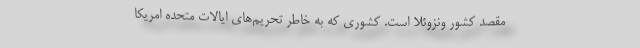
مقصد کشور ونزوئلا است. کشوری که به خاطر تحریم‌های ایالات متحده امریکا